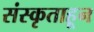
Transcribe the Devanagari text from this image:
संस्कृताहून